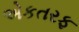
એકતરફ